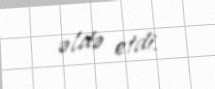
əldə etdi.